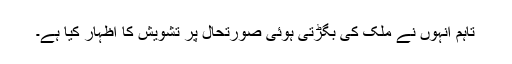
تاہم انہوں نے ملک کی بگڑتی ہوئی صورتحال پر تشویش کا اظہار کیا ہے۔